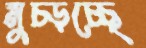
মুচ্‌ড়চ্ছে